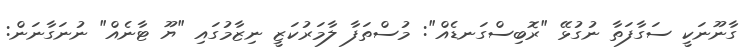
ގާނޫނަކީ ސަގާފަތާ ނުގުޅޭ "ރޮބިސްގަނޑެއް": މުސްތަފާ ލާމަރުކަޒީ ނިޒާމުގައި "ޔޫ ޓާނެއް" ނުނަގާނަން: